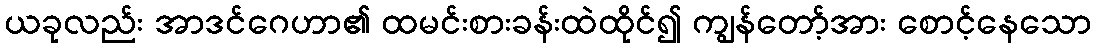
ယခုလည်း အာဒင်ဂေဟာ၏ ထမင်းစားခန်းထဲထိုင်၍ ကျွန်တော့်အား စောင့်နေသော